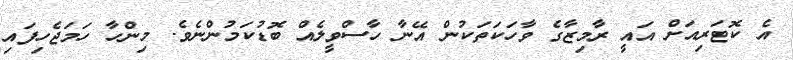
އެ ކޮޓަރިއަށް އައީ ރާމިޒާގެ ވާހަކަތަކުން އޭނާ ހާސްވީލެއް ބޮޑުކަމުންނެވެ. މިންހާ ހަމަޖެހިފައި